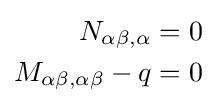
{\begin{aligned}N_{\alpha \beta ,\alpha }&=0\\M_{\alpha \beta ,\alpha \beta }-q&=0\end{aligned}}